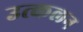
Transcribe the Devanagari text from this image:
उत्‍कलन